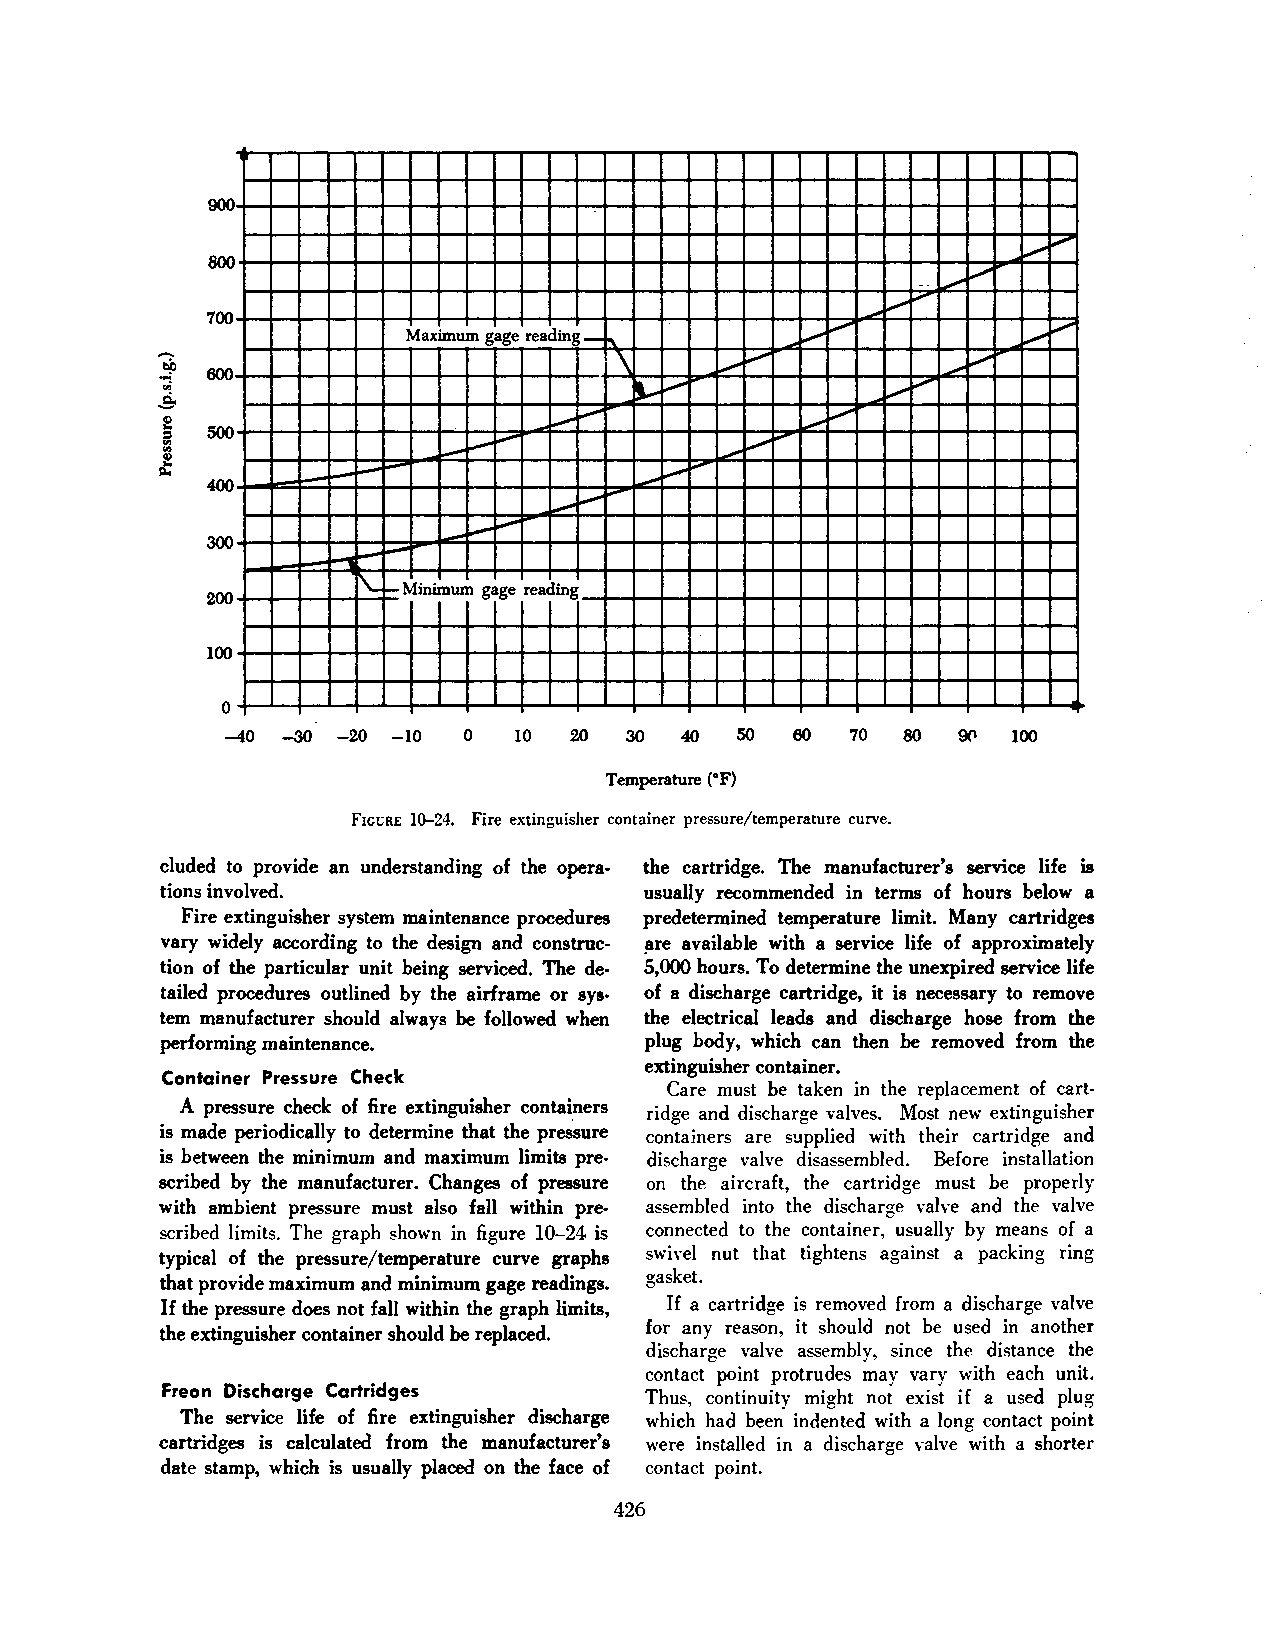
900
 ,..,...
 ~
 800                                               v
 ... ........
 ,.......
 ~
 700
 .........
 Maximum gage reading-     .........      ......... ~
 v
 3D                            \        .........    .....
 S. o; 600          --
 .......
 ~ ......... ~    v ~
 .........
 .. :f! ,, I 500 - -   _.  ~     -      v   ........
 -      ........
 g~ .         1--                 .......
 400              -
 .......
 -   -  _.  l,....ooo
 -
 300
 1--
 [\...
 - Minimum gage reading
 200
 100
 0
 -40 -30 -20 -10 0  10  20  30 40  50  60  70 80     100
 Temperature (•F)
 FIGURE 10-24. Fire extinguisher container pressure/temperature curve.
 eluded to provide an understanding of the opera the cartridge. The manufacturer's service life is
 tions involved.                 usually recommended in terms of hours below a
 Fire extinguisher system maintenance procedures predetermined temperature limit. Many cartridges
 vary widely according to the design and construc ~re available with a service life of approximately
 tion of the particular unit being serviced. The de 5,000 hours. To determine the unexpired service life
 tailed procedures outlined by the airframe or sys of a discharge cartridge, it is necessary to remove
 tem manufacturer should always he followed when the electrical leads and discharge hose from the
 performing maintenance.         plug body, which can then he removed from the
 extinguisher container.
 Container Pressure Check
 Care must be taken in the replacement of cart
 A pressure check of fire extinguisher containers ridge and discharge valves. Most new extinguisher
 is made periodically to determine that the pressure containers are supplied with their cartridge and
 is between the minimum and maximum limits pre discharge valve disassembled. Before installation
 scribed by the manufacturer. Changes of pressure on the aircraft, the cartridge must be properly
 with ambient pressure must also fall within pre assembled into the discharge valve and the valve
 scribed limits. The graph shown in figure 10-24 is connected to the container, usually by means of a
 typical of the pressure/temperature curve graphs swivel nut that tightens against a packing ring
 gasket.
 that provide maximum and minimum gage readings.
 If the pressure does not fall within the graph limits, If a cartridge is removed from a discharge valve
 for any reason, it should not be used in another
 the extinguisher container should he replaced.
 discharge valve assembly, since the distance the
 contact point protrudes may vary with each unit.
 Freon Discharge Cartridges
 Thus, continuity might not exist if a used plug
 The service life of fire extinguisher discharge which had been indented with a long contact point
 cartridges is calculated from the manufacturer's were installed in a discharge valve with a shorter
 date stamp, which is usually placed on the face of contact point.
 426